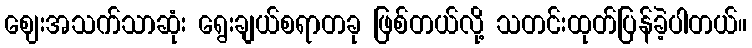
ဈေးအသက်သာဆုံး ရွေးချယ်စရာတခု ဖြစ်တယ်လို့ သတင်းထုတ်ပြန်ခဲ့ပါတယ်။